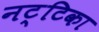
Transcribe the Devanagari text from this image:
नट्टिका